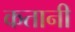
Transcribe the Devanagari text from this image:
कतानी